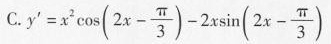
C.$$y ' = x ^ { 2 } \cos ( 2 x - \frac { π } { 3 } ) - 2 x \sin ( 2 x - \frac { π } { 3 } )$$